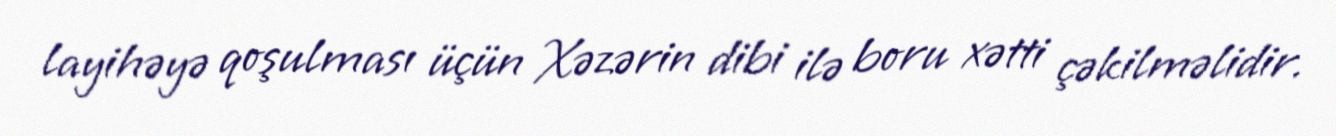
layihəyə qoşulması üçün Xəzərin dibi ilə boru xətti çəkilməlidir.